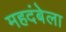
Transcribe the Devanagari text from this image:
महदंबेला